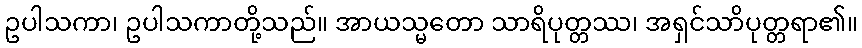
ဥပါသကာ၊ ဥပါသကာတို့သည်။ အာယသ္မတော သာရိပုတ္တဿ၊ အရှင်သာိပုတ္တရာ၏။